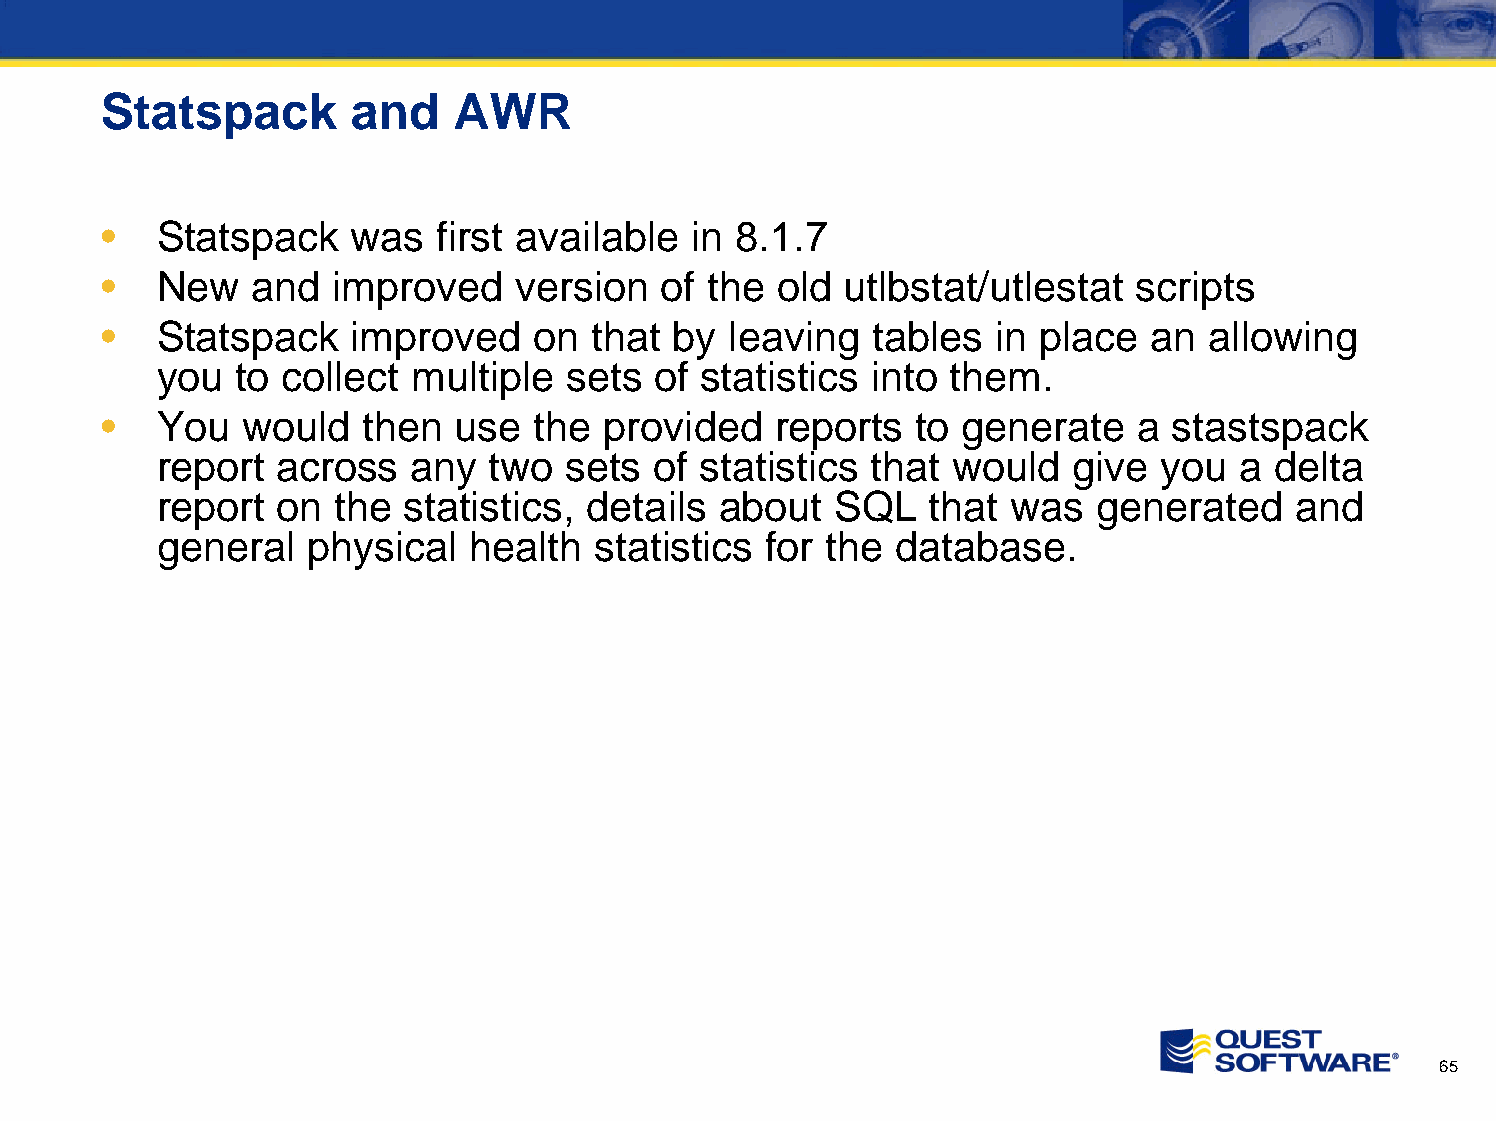
Statspack       and    AWR
 •  Statspack    was   first available  in 8.1.7
 •  New    and  improved    version   of the  old utlbstat/utlestat  scripts
 •  Statspack    improved    on  that  by leaving   tables  in place  an  allowing
 you   to collect multiple   sets of statistics  into them.
 •  You   would   then  use  the  provided   reports   to generate   a  stastspack
 report  across   any   two  sets of statistics  that would   give  you  a delta
 report  on  the  statistics, details  about  SQL    that was   generated    and
 general   physical   health  statistics  for the database.
 65